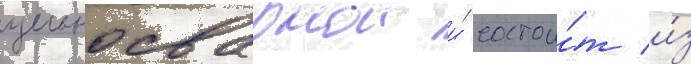
цельносварнои и́ состои́т и́з